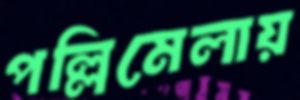
পল্লিমেলায়